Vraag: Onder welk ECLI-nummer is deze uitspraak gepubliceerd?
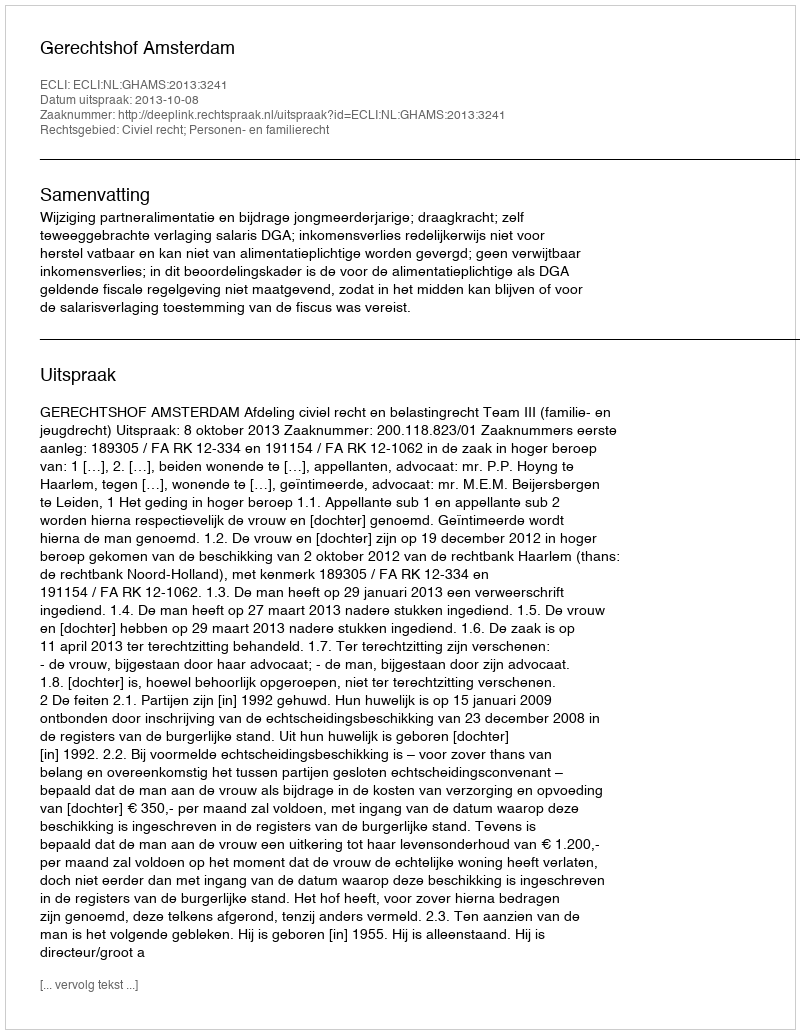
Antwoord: ECLI:NL:GHAMS:2013:3241